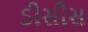
ડીસીસ